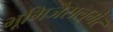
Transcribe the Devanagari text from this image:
भूमिजैसलमेर